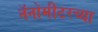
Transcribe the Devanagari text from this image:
नॅनोमीटरच्या